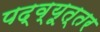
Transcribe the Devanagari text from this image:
पद्व्यूत्तर